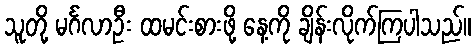
သူတို့ မင်္ဂလာဦး ထမင်းစားဖို့ နေ့ကို ချိန်းလိုက်ကြပါသည်။